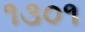
૧૩૦૧